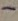
Text: -